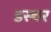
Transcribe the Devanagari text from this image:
डस्चर